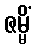
ဇမ္မိံ